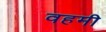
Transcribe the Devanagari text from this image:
वहमी